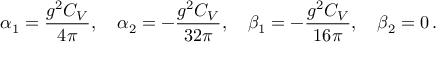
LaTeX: { \alpha } _ { 1 } = \displaystyle \frac { g ^ { 2 } C _ { V } } { 4 \pi } , \quad { \alpha } _ { 2 } = - \displaystyle \frac { g ^ { 2 } C _ { V } } { 3 2 \pi } , \quad { \beta } _ { 1 } = - \displaystyle \frac { g ^ { 2 } C _ { V } } { 1 6 \pi } , \quad { \beta } _ { 2 } = 0 \, .